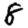
Digit: 8